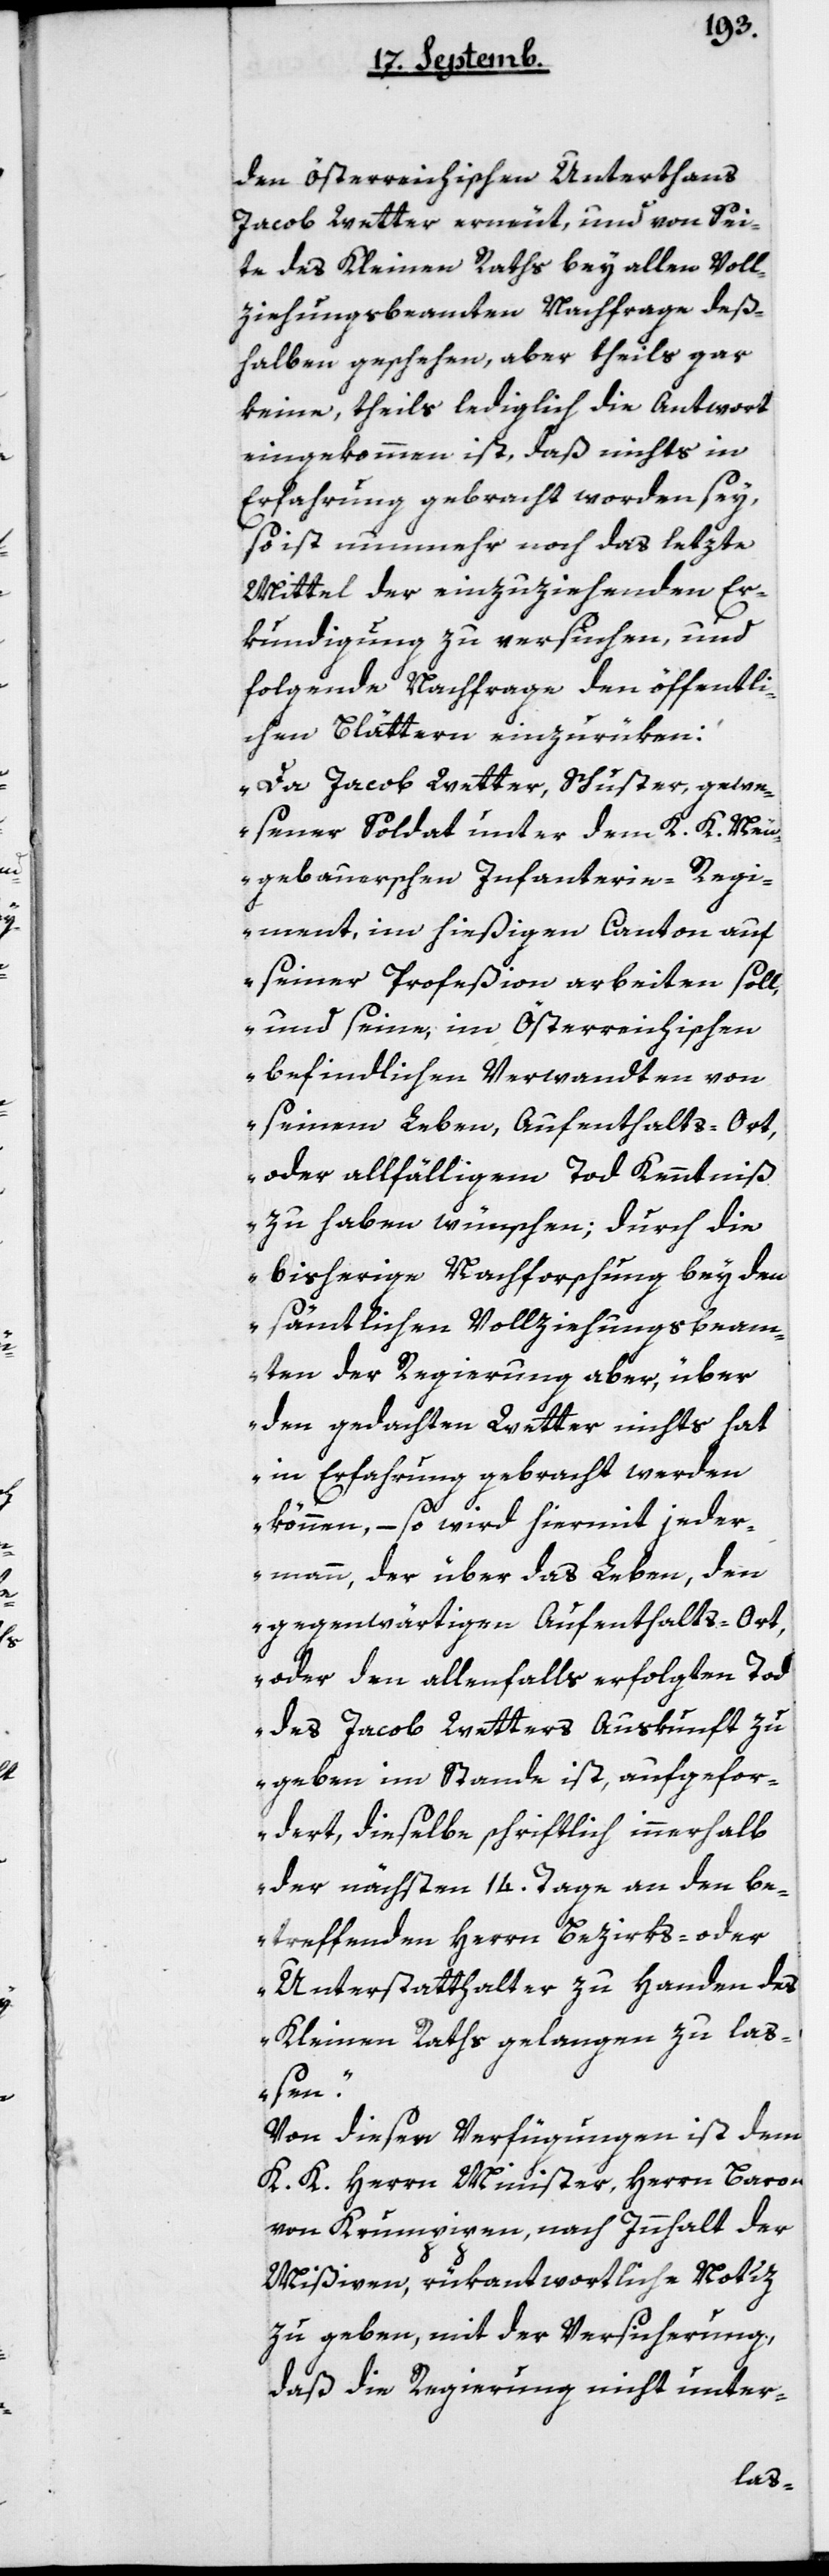
den österreichischen Untertans
Jacob Wetter erneut, und von Sei¬
te des Kleinen Raths bey allen Voll¬
ziehungsbeamten Nachfrage des¬
halben geschehen, aber theils gar
keine, theils lediglich die Antwort
eingekommen ist, daß nichts in
Erfahrung gebracht worden sey,
so ist nunmehr noch das letzte
Mittel der einzuziehenden Er¬
kundigung zu versuchen, und
folgende Nachfrage den öffentli¬
chen Blättern einzurüken:
„Da Jacob Wetter, Schuster, gewe¬
sener Soldat unter dem K.K. n¬
eugebauerschen Infanterie-Regi¬
ment, im hießigen Canton auf
seiner Profeßion arbeiten soll,
und seine, im Österreichischen
befindlichen Verwandten von
seinem Leben, Aufenthaltsort,
oder allfälligem Tod Kenntniß
zu haben wünschen, durch die
bisherige Nachforschung bey den
sämtlichen Vollziehungsbeam¬
ten der Regierung aber, über
den gedachten Wetter nichts hat
in Erfahrung gebracht werden
können, – so wird hiermit jeder¬
mann, der über das Leben, den
gegenwärtigen Aufenthalts-Ort,
oder den allenfalls erfolgten Tod
des Jacob Wetters Auskunft zu
geben im Stande ist, aufgefor¬
dert, dieselbe schriftlich innerhalb
der nächsten 14 Tage an den be¬
treffenden Herrn Bezirks- oder
Unterstatthalter zu Handen des
Kleinen Raths gelangen zu la¬
ßen.“
Von dieser Verfügung ist dem
K.K. Herrn Minister, Herrn Baron
von Krumpipen, nach Inhalt der
Mißiven, rükantwortliche Notiz
zu geben, mit der Versicherung,
daß die Regierung nicht unter-